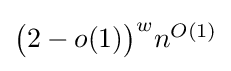
{\textstyle {\bigl (}2-o(1){\bigr )}^{w}n^{O(1)}}